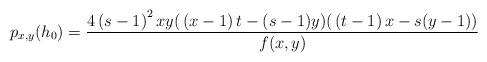
LaTeX: \begin{align*}p_{x,y}(h_{0})=\dfrac{4\left( s-1\right) ^{2}xy{\large (}\left( x-1\right)t-(s-1)y{\large )(}\left( t-1\right) x-s(y-1){\large )}}{f(x,y)}\end{align*}